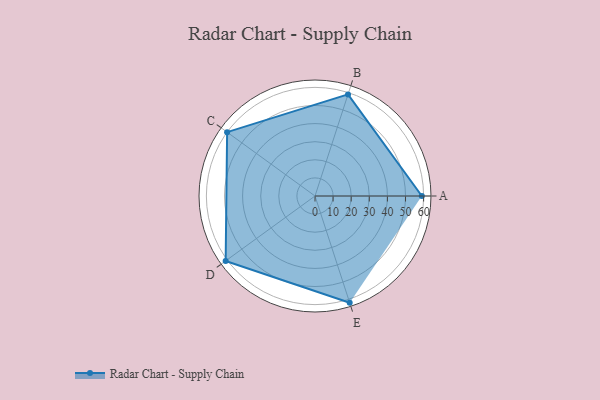
{"axis": {"x": "Skill", "y": "Score"}, "legend": ["Profile"], "data": [{"x": "A", "y": 59.0, "type": "Profile"}, {"x": "B", "y": 59.0, "type": "Profile"}, {"x": "C", "y": 60.0, "type": "Profile"}, {"x": "D", "y": 61.0, "type": "Profile"}, {"x": "E", "y": 62.0, "type": "Profile"}]}